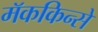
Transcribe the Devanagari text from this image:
मॅककिन्से